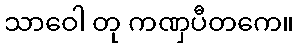
သာဝေါ တု ကဏှပီတကေ။